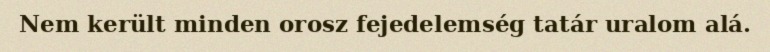
Nem került minden orosz fejedelemség tatár uralom alá.